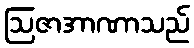
ဩဇာအာဏာသည်